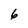
Character: 6